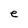
Character: e